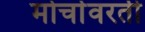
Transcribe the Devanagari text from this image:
मोर्चावरती